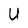
Character: U